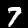
Digit: 7